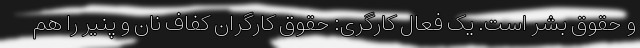
و حقوق بشر است. یک فعال کارگری: حقوق کارگران کفاف نان و پنیر را هم